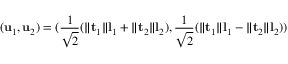
( \mathbf { u } _ { 1 } , \mathbf { u } _ { 2 } ) = ( \frac { 1 } { \sqrt { 2 } } ( \lVert \mathbf { t } _ { 1 } \rVert \mathbf { l } _ { 1 } + \lVert \mathbf { t } _ { 2 } \rVert \mathbf { l } _ { 2 } ) , \frac { 1 } { \sqrt { 2 } } ( \lVert \mathbf { t } _ { 1 } \rVert \mathbf { l } _ { 1 } - \lVert \mathbf { t } _ { 2 } \rVert \mathbf { l } _ { 2 } ) )